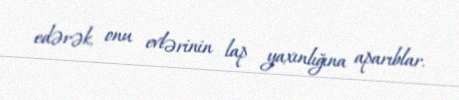
edərək, onu evlərinin lap yaxınlığına aparıblar.